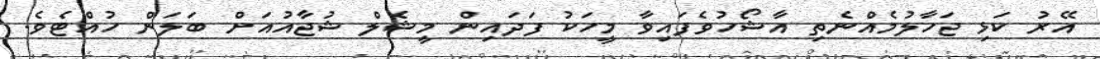
އޭރު ކަޅި ޖަހާލުމެއްނެތި އާޝޯހުވެފައިވާ މީހަކު ފަދައިން މީޝެލް ޝުޖާއުއަށް ބަލަން ހުއްޓެވެ.